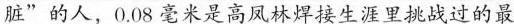
脏”的人，0.08毫米是高凤林焊接生涯里挑战过的最